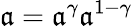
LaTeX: \mathfrak{a}=\mathfrak{a}^{\gamma}\mathfrak{a}^{1-\gamma}